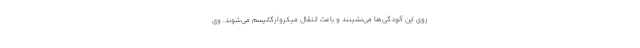
روی این آلودگی‌ها می‌نشینند و باعث انتقال میکروارگانیسم می‌شوند. وی